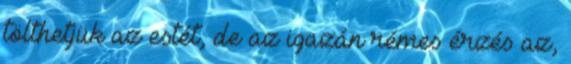
tölthetjük az estét, de az igazán rémes érzés az,